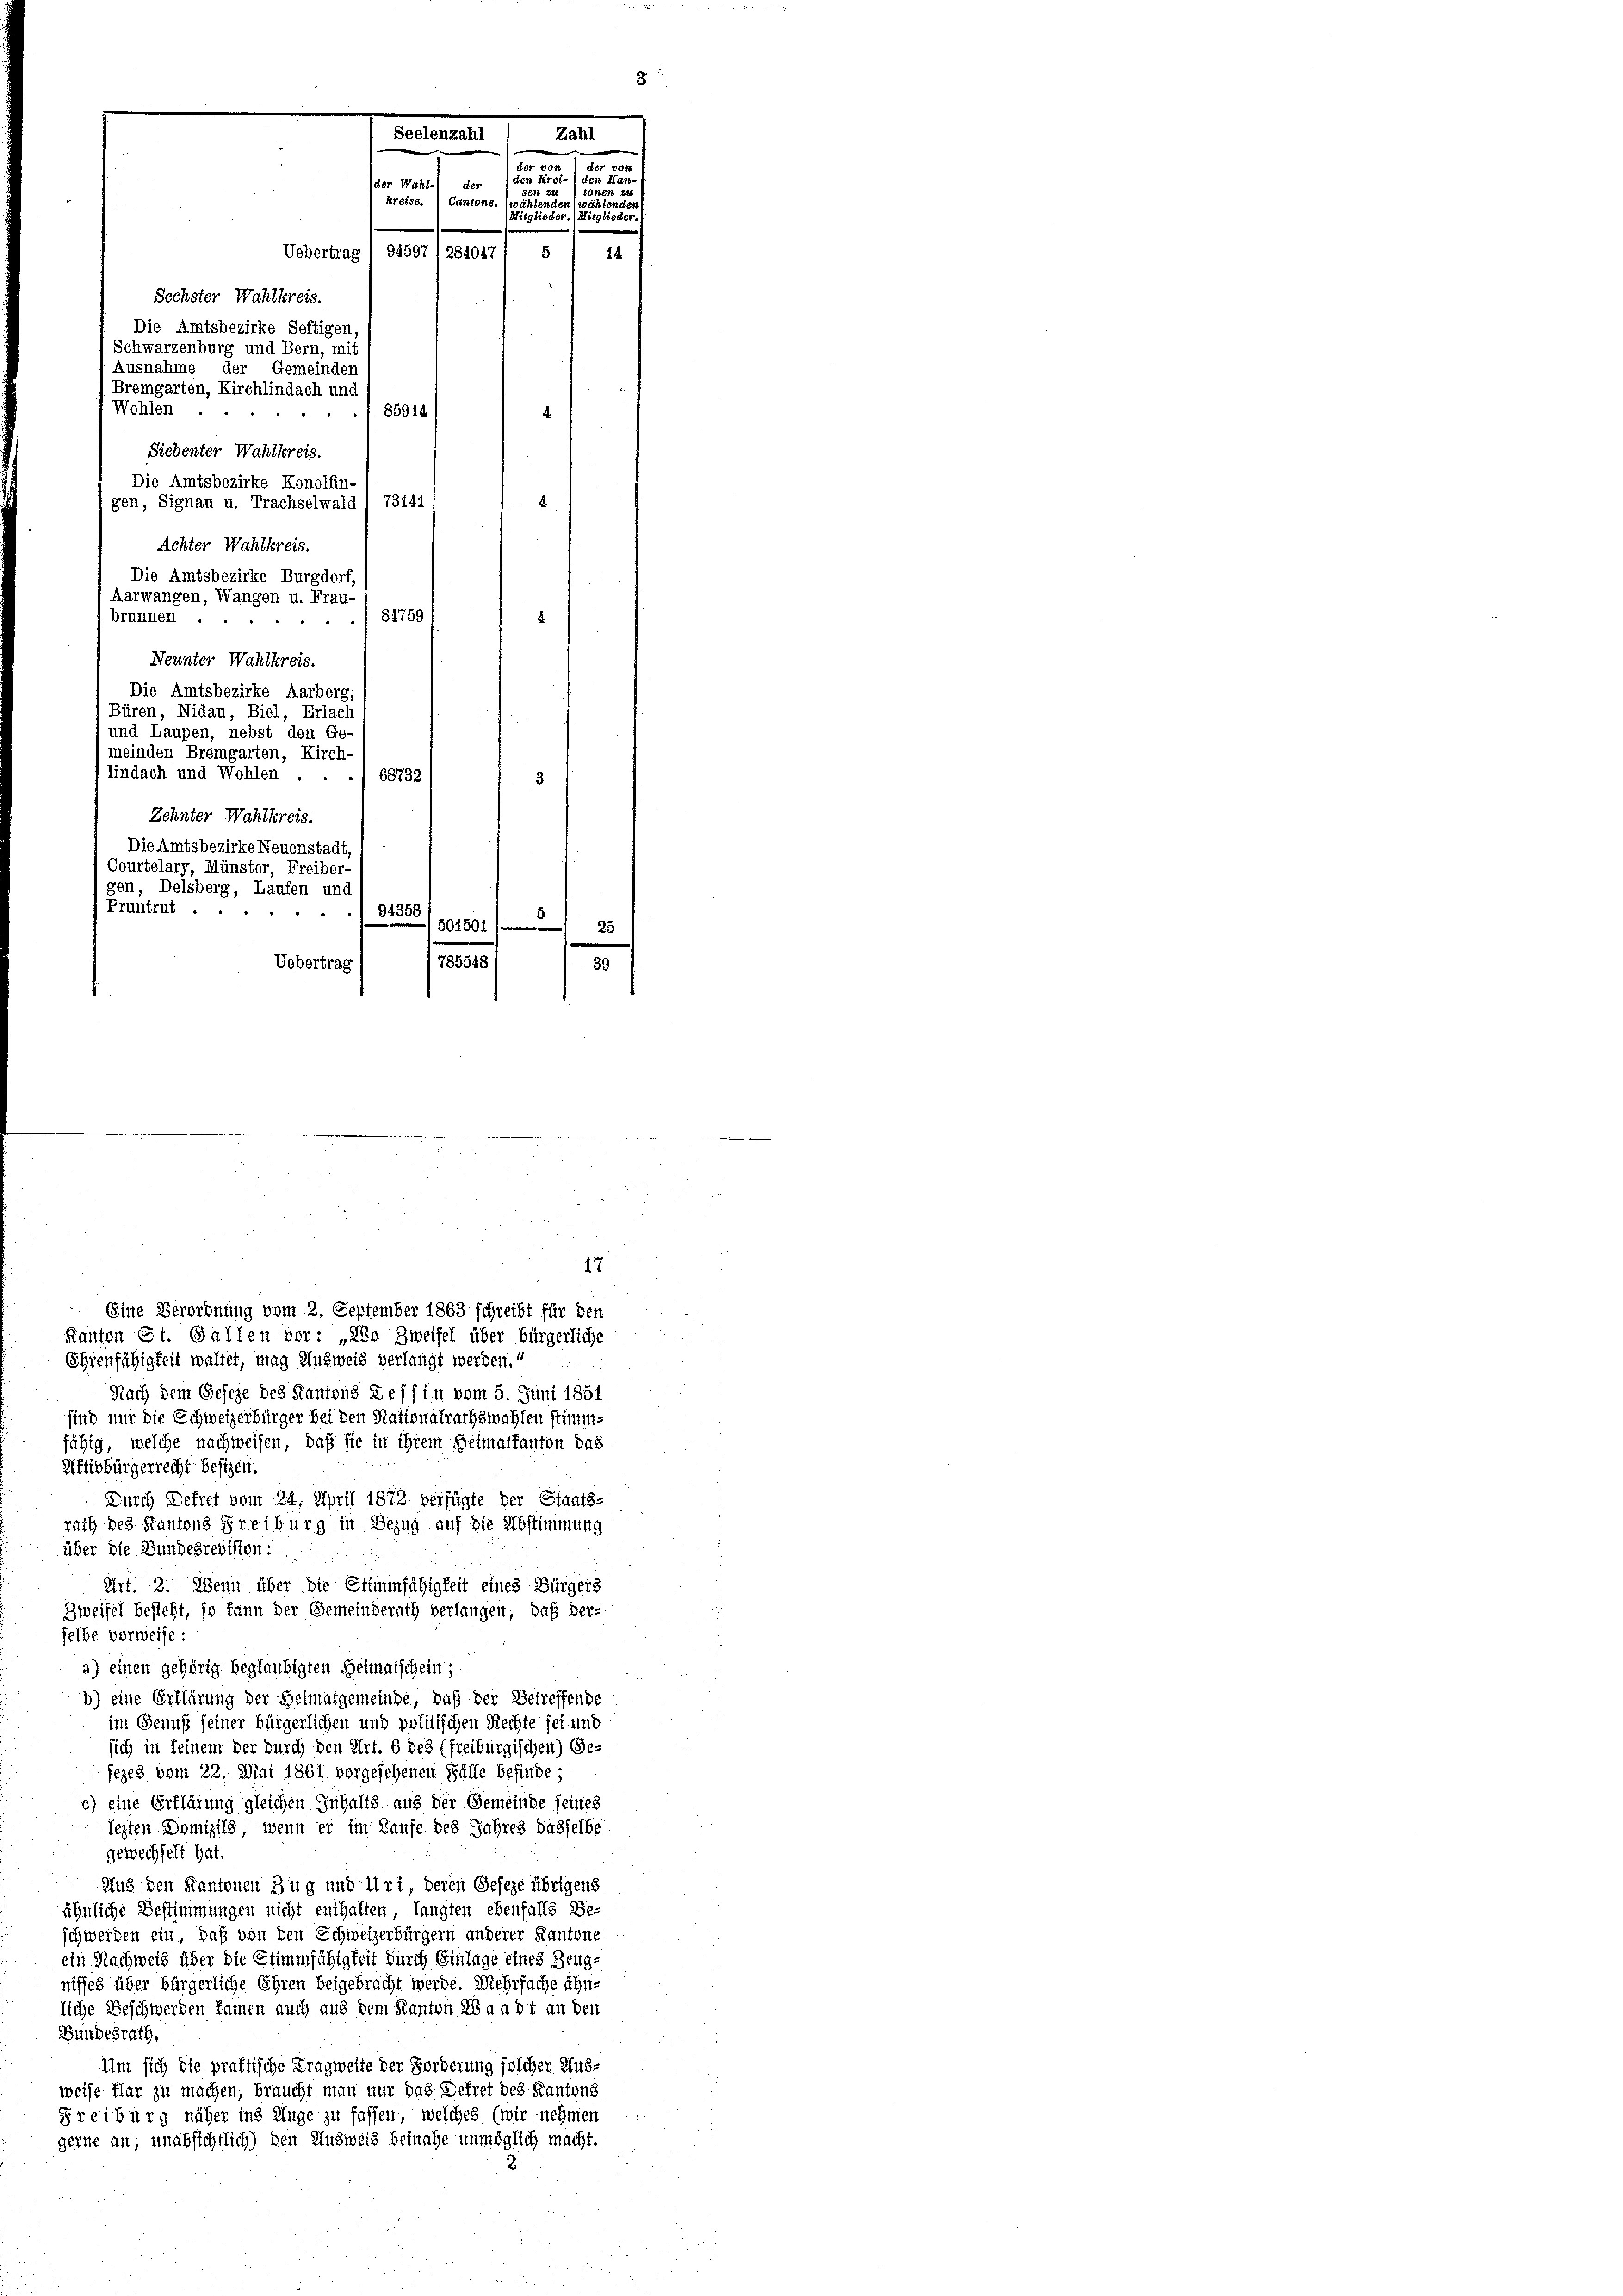
Achter Wahlkreis.
Die Amtsbezirke Burgdorf,
Aarwangen, Wangen u. Frau-
81759
brunnen.
4
"
Neunter Wahlkreis.
Die Amtsbezirke Aarberg,
Büren, Nidau, Biel, Erlach
und Laupen, nebst den Ge
(meinden Bremgarten, Kirch-
lindach und Wohlen . .
1 68732
Zehnter Wahlkreis.
Die Amtsbezirke Neuenstadt,
Courtelary, Münster, Freiber-
gen, Delsberg, Laufen und
Pruntrut .
. 94358
5
501501 1
 25
785548
Uebertrag
39

a
Seelenzahl
der von
von
u
Frei-
der Wah
der
man un
d
kreise.
Cantone. (wählende
ner
Mitglieder. Mitglieder.
12
Sechster Wahlkreis.
Die Amtsbezirke Seftigen
Schwarzenburg und Bern, mit
Ausnahme der Gemeinder
Bremgarten, Kirchlindach und
Wohlen . .
85914
Siebenter Wahlkreis.
Die Amtsbezirke Konolfin-
gen, Signau u. Trachselwald / 73141

Uebertrag I 94597 (284047

5

Eine Verordnung vom 2. September 1863 schreibt für den
Kanton St. Gallen vor: „280 Zweifel über bürgerliche
Ehrenfähigkeit waltet, mag Unzweis verlangt werden.“
Nach dem Geseze des Kantons Tessin vom 5. Juni 1851
sind nur die Schweizerbürger bei den Nationalrathswahlen stimm-
fähig, welche nachweisen, daß sie in ihrem Heimatkanton das
Aftivbürgerrecht besizen.
Durch Dekret vom 24. April 1872 verfügte der Staats-
rach des Kantons Freiburg in Bezug auf die Abstimmung
über die Bundesregisten:
Art. 2. Wenn über die Stimmfähigkeit eines Bürgers
Zweifel besteht, so kann der Gemeinderath verlangen, daß derselbe vorweise:
a) einen gehörig beglaubigten Heimatschein;
b) eine Erklärung der Heimatgemeinde, daß der Betreffende
im Genuß seiner bürgerlichen und politischen Rechte sei und
sich in seinem der durch den Art. 6 des (freiburgischen) Ge-
fezes vom 22. Mai 1861 vorgesehenen Fälle befinde;
c) eine Erklärung gleichen Zuhalts aus der Gemeinde seines
lezten Domizils, wenn er im Laufe des Jahres dasselbe
gewechselt hat.
Aus den Kantonen Zug und Uri, deren Geseze übrigens
ähnliche Bestimmungen nicht enthalten, langten ebenfalls Be-
schwerden ein, daß von den Echweizerbürgern anderer Kantone
ein Nachweis über die Stimmfähigkeit durch Einlage eines Zeug-
nisses über bürgerliche Ehren beigebracht werde. Wehrfache ähn-
liche Beschwerden kamen auch aus dem Kanton Waadt an den
Gundesrath,
Um sich die praktische Tragweite der Forderung solcher Aus-
weise flar zu machen, braucht man nur das Dekret des Kantons
Freiburg näher ins Auge zu fassen, welches (wir nehmen
gerne an, unabsichtlich) den Unzweis beinahe unmöglich macht.

17